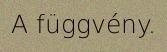
A függvény.